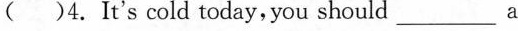
( )4. It's cold today , you should____a